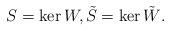
LaTeX: \begin{align*}S = \ker W, \tilde S = \ker \tilde W.\end{align*}